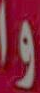
وا